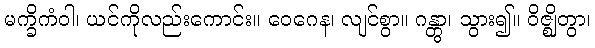
မက္ခိကံဝါ၊ ယင်ကိုလည်းကောင်း။ ဝေဂေန၊ လျင်စွာ။ ဂန္တွာ၊ သွား၍။ ဝိဇ္ဈိတွာ၊